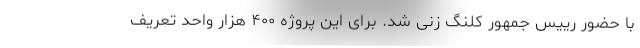
با حضور رییس جمهور کلنگ زنی شد. برای این پروژه ۴۰۰ هزار واحد تعریف